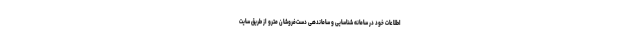
اطلاعات خود در سامانه شناسایی و ساماندهی دست‌فروشان مترو از طریق سایت